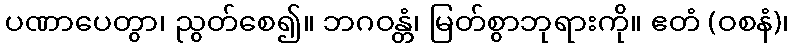
ပဏာပေတွာ၊ ညွတ်စေ၍။ ဘဂဝန္တံ၊ မြတ်စွာဘုရားကို။ ဧတံ (ဝစနံ)၊